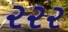
૨૨૨